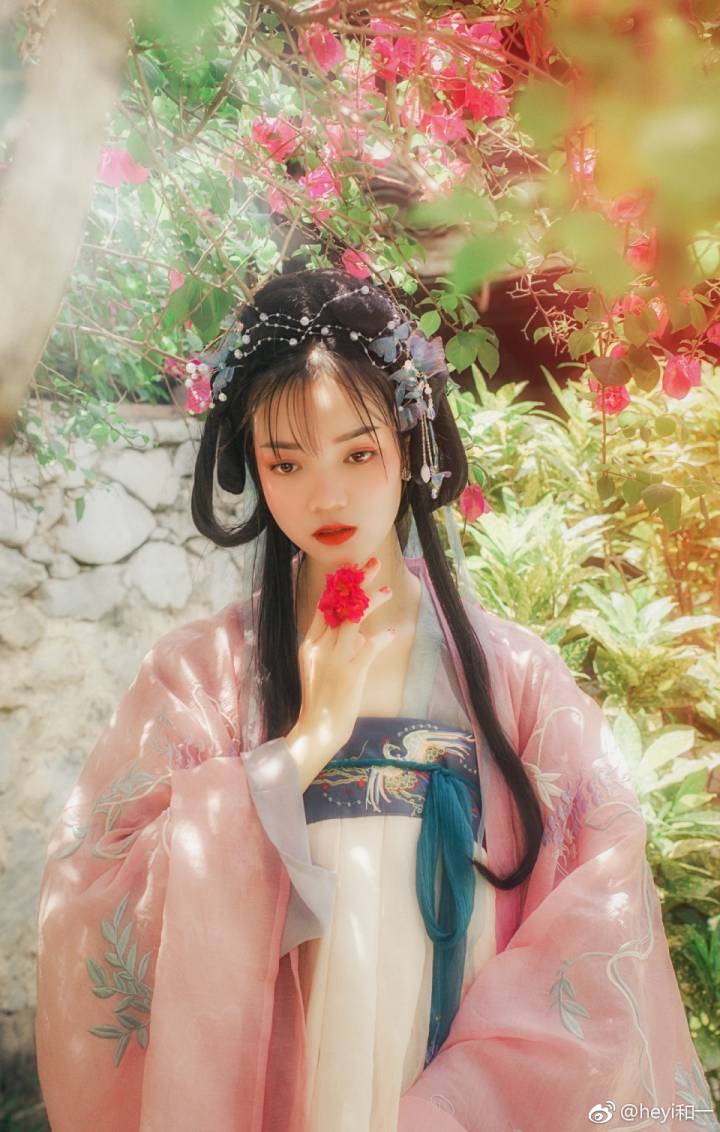
瘦影自临春水照，卿须怜我我怜卿。